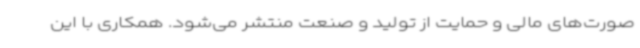
صورت‌های مالی و حمایت از تولید و صنعت منتشر می‌شود. همکاری با این